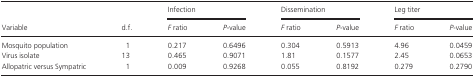
| <ROWSPAN=2> Variable | <ROWSPAN=2> d.f. | <COLSPAN=2> Infection | <COLSPAN=2> Dissemination | <COLSPAN=2> Leg titer |
 | F ratio | P‐value | F ratio | P‐value | F ratio | P‐value |
 | --- | --- | --- | --- | --- | --- | --- | --- |
 | Mosquito population | 1 | 0.217 | 0.6496 | 0.304 | 0.5913 | 4.96 | 0.0459 |
 | Virus isolate | 13 | 0.465 | 0.9071 | 1.81 | 0.1577 | 2.45 | 0.0653 |
 | Allopatric versus Sympatric | 1 | 0.009 | 0.9268 | 0.055 | 0.8192 | 0.279 | 0.2790 |